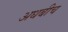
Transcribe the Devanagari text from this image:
अधबीच